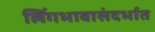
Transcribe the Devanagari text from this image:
लिंगभावासंदर्भात